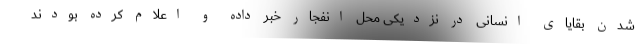
شدن بقایای انسانی در نزدیکی محل انفجار خبر داده و اعلام کرده بودند